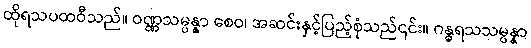
ထိုရသပထဝီသည်။ ဝဏ္ဏသမ္ပန္နာ စေဝ၊ အဆင်းနှင့်ပြည့်စုံသည်၎င်း။ ဂန္ဓရသသမ္ပန္နာ